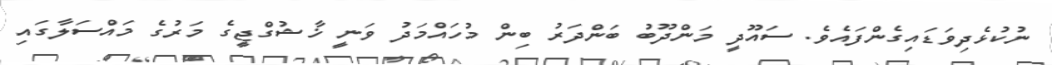
ނުކުޅެދިވަޑައިގެންފައެވެ. ސައޫދީ މަންދޫބު ބަންދަރު ބިން މުހައްމަދު ވަނީ ޚާޝުގްޖީގެ މަރުގެ މައްސަލާގައި